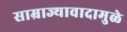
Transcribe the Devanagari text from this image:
साम्राज्यावादामुळे